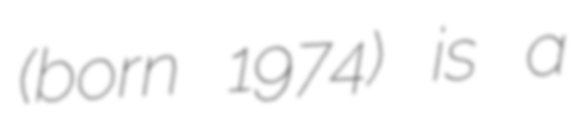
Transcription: (born 1974) is a